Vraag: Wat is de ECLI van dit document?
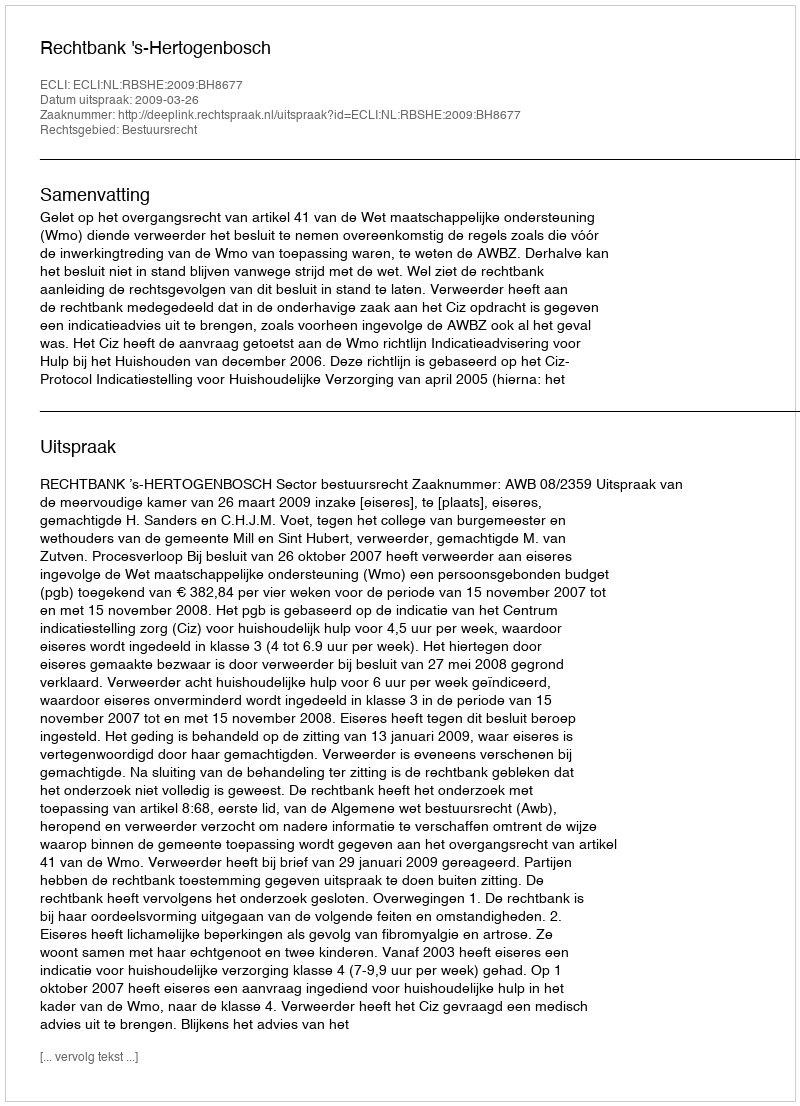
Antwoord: ECLI:NL:RBSHE:2009:BH8677